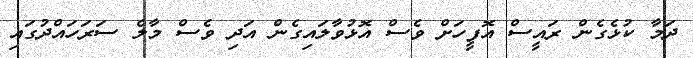
ދަމާ ކުޅެގެން ރައީސް އޮފީހަށް ވެސް އޮޅުވާލައިގެން އަދި ވެސް މާލެ ސަރަހައްދުގައި